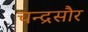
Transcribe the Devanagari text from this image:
चन्द्रसौर